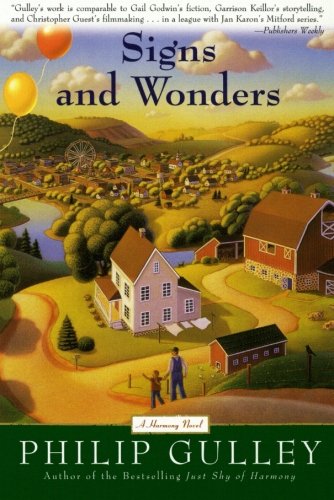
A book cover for Signs and Wonders: A Harmony Novel; Philip Gulley; Christian Books & Bibles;